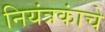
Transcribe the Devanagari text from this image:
नियंत्रकांचे